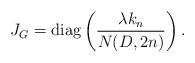
LaTeX: \begin{align*} J_G = {\rm diag} \left( \frac{\lambda k_n}{N (D, 2 n)} \right) . \end{align*}